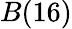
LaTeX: B(16)